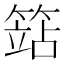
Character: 𥱱